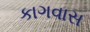
કાગવાસ